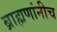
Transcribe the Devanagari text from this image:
ब्राह्मणांनीच